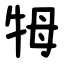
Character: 牳